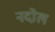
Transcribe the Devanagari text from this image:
नदोल